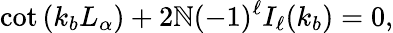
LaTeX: \cot{(k_{b}L_{\alpha})}+2\mathbb{N}(-1)^{\ell}I_{\ell}(k_{b})=0,